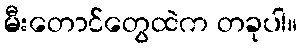
မီးတောင်တွေထဲက တခုပါ။